Medical and sanitary report of the native army of Bengal for the year
Year: 1876
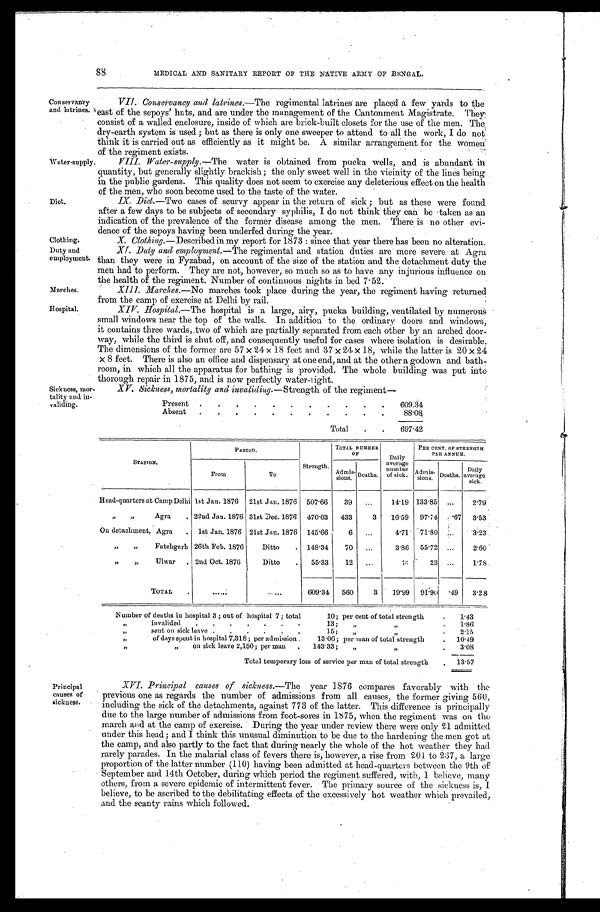
88
MEDICAL AND SANITARY REPORT OF THE NATIVE ARMY OF BENGAL.
Conservancy
and latrines.
Water-supply.
Diet.
Clothing.
Duty and
employment.
Marches.
Hospital.
Sickness, mor,
tality and in-
validing.
VII. Conservancy and latrines.— The regimental latrines are placed a few yards to the
east of the sepoys' huts, and are under the management of the Cantonment Magistrate. They
consist of a walled enclosure, inside of which are brick-built closets for the use of the men. The
dry-earth system is used; but as there is only one sweeper to attend to all the work, I do not
think it is carried out as efficiently as it might be. A similar arrangement for the women
of the regiment exists.
VIII. Water-supply.—The water is obtained from pucka wells, and is abundant in
quantity, but generally slightly brackish; the only sweet well in the vicinity of the lines being
in the public gardens. This quality does not seem to exercise any deleterious effect on the health
of the men, who soon become used to the taste of the water.
IX. Diet.—Two cases of scurvy appear in the return of sick; but as these were found
after a few days to be subjects of secondary syphilis, I do not think they can be taken as an
indication of the prevalence of the former disease among the men. There is no other evi-
dence of the sepoys having been underfed during the year.
X. Clothing. —Described in my report for 1873: since that year there has been no alteration.
XI. Duty and employment. —The regimental and station duties are more severe at Agra
than they were in Fyzabad, on account of the size of the station and the detachment duty the
men had to perform. They are not, however, so much so as to have any injurious influence on
the health of the regiment. Number of continuous nights in bed 7.52.
XIII. Marches.—No marches took place during the year, the regiment having returned
from the camp of exercise at Delhi by rail.
XIV. Hospital.—The hospital is a large, airy, pucka building, ventilated by numerous
small windows near the top of the walls. In addition to the ordinary doors and windows,
it contains three wards, two of which are partially separated from each other by an arched door-
way, while the third is shut off, and consequently useful for cases where isolation is desirable.
The dimensions of the former are 57 × 24 × 18 feet and 37 × 24 × 18, while the latter is 20 × 24
× 8 feet. There is also an office and dispensary at one end, and at the other a godown and bath-
room, in which all the apparatus for bathing is provided. The whole building was put into
thorough repair in 1875, and is now perfectly water-tight.
XV. Sickness, mortality and invaliding. —Strength of the regiment—
Present .
.
.
. .
.
.
.
.
.
.
609.34
Absent .
. .
.
.
. .
.
.
. .
88.08
Total
.
.
697.42
Principal
causes of
sickness.
STATION.
PERIOD.
Strength.
TOTAL NUMBER
O F
Daily
average
number
of sick.
PER CENT. OF STRENGTH
PER ANNUM.
From
To
Admis-
sions. Deaths.
Admis-
sions. Deaths.
Daily
average
sick.
Head-quarters at Camp Delhi 1st Jan. 1876 21st Jan. 1876 507.66
39
...
14.19 133.85 ...
2.79
„ „ Agra . 22nd Jan. 1876 31st Dec. 1876 470.03 433
3
16.59 97.74 .67 3.53
On detachment, Agra
. 1st Jan. 1876 21st Jan. 1876 145.66
6 ...
4.71 71.80
. . .
3.23
„ „ Fatehgarh 26th Feb. 1876
Ditto
. 148.34
70
. . .
3.86 55.72 ...
2.60
„ „ Ulwar . 2nd Oct. 1876
Ditto
. 55.33
12 ...
9
23 ...
1.78
TOTAL
. . . . . . .
. . . . . . 609.34 560
3
19.99 91.90 .49
3.28
Number of deaths in hospital 3; out of hospital 7; total
10; per cent of total strength
.
1.43
„
invalided
.
.
.
.
.
.
.
13;
„ „
.
1.86
„
sent on sick leave .
.
.
.
.
.
15; „ „
.
2.15
„
of days spent in hospital 7,318; per admission .
13.06; per man of total strength
. 10.49
„
„ on sick leave 2,150; per man
. 143.33;
„ „
.
3.08
Total temporary loss of service per man of total strength
. 13.57
XVI. Principal causes of sickness. —The year 1876 compares favorably with the
previous one as regards the number of admissions from all causes, the former giving 560,
including the sick of the detachments, against 773 of the latter. This difference is principally
due to the large number of admissions from foot-sores in 1875, when the regiment was on the
march and at the camp of exercise. During the year under review there were only 21 admitted
under this head; and I think this unusual diminution to be due to the hardening the men got at
the camp, and also partly to the fact that during nearly the whole of the hot weather they had
rarely parades. In the malarial class of fevers there is, however, a rise from 201 to 237, a large
proportion of the latter number (110) having been admitted at head-quarters between the 9th of
September and 14th October, during which period the regiment suffered, with, I believe, many
others, from a severe epidemic of intermittent fever. The primary source of the sickness is, I
believe, to be ascribed to the debilitating effects of the excessively hot weather which prevailed,
and the scanty rains which followed.